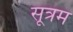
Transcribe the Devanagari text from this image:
सूत्रम